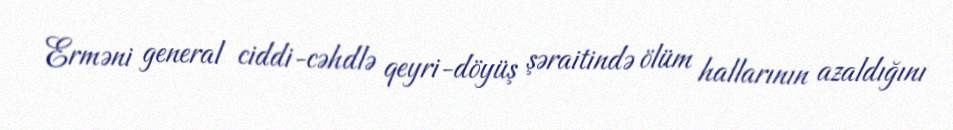
Erməni general ciddi-cəhdlə qeyri-döyüş şəraitində ölüm hallarının azaldığını